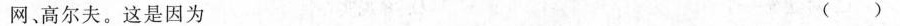
网、高尔夫。这是因为 ( )